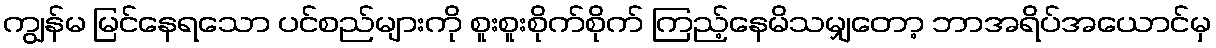
ကျွန်မ မြင်နေရသော ပင်စည်များကို စူးစူးစိုက်စိုက် ကြည့်နေမိသမျှတော့ ဘာအရိပ်အယောင်မှ